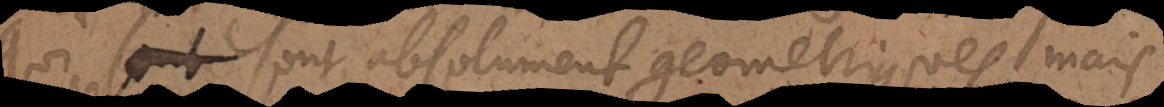
qui sont absolument geometriques; mais